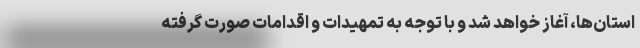
استان‌ها، آغاز خواهد شد و با توجه به تمهیدات و اقدامات صورت گرفته